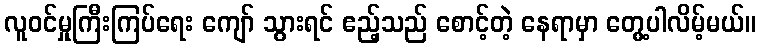
လူဝင်မှုကြီးကြပ်ရေး ကျော် သွားရင် ဧည့်သည် စောင့်တဲ့ နေရာမှာ တွေ့ပါလိမ့်မယ်။